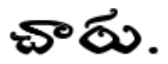
చారు.